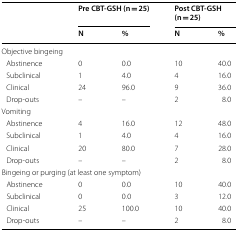
<table><thead><tr><td rowspan="2"></td><td colspan="2"><b>Pre CBT-GSH (n = 25)</b></td><td colspan="2"><b>Post CBT-GSH (n = 25)</b></td></tr><tr><td><b>N</b></td><td><b>%</b></td><td><b>N</b></td><td><b>%</b></td></tr></thead><tbody><tr><td colspan="5">Objective bingeing</td></tr><tr><td> Abstinence</td><td>0</td><td>0.0</td><td>10</td><td>40.0</td></tr><tr><td> Subclinical</td><td>1</td><td>4.0</td><td>4</td><td>16.0</td></tr><tr><td> Clinical</td><td>24</td><td>96.0</td><td>9</td><td>36.0</td></tr><tr><td> Drop-outs</td><td>–</td><td>–</td><td>2</td><td>8.0</td></tr><tr><td colspan="5">Vomiting</td></tr><tr><td> Abstinence</td><td>4</td><td>16.0</td><td>12</td><td>48.0</td></tr><tr><td> Subclinical</td><td>1</td><td>4.0</td><td>4</td><td>16.0</td></tr><tr><td> Clinical</td><td>20</td><td>80.0</td><td>7</td><td>28.0</td></tr><tr><td> Drop-outs</td><td>–</td><td>–</td><td>2</td><td>8.0</td></tr><tr><td colspan="5">Bingeing or purging (at least one symptom)</td></tr><tr><td> Abstinence</td><td>0</td><td>0.0</td><td>10</td><td>40.0</td></tr><tr><td> Subclinical</td><td>0</td><td>0.0</td><td>3</td><td>12.0</td></tr><tr><td> Clinical</td><td>25</td><td>100.0</td><td>10</td><td>40.0</td></tr><tr><td> Drop-outs</td><td>–</td><td>–</td><td>2</td><td>8.0</td></tr></tbody></table>